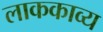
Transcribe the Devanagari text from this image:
लाककाव्य